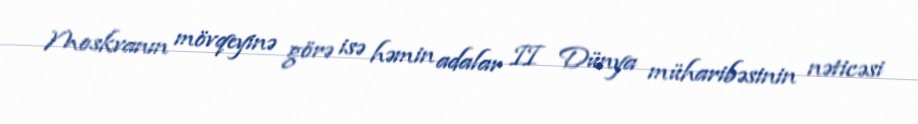
Moskvanın mövqeyinə görə isə həmin adalar II Dünya müharibəsinin nəticəsi